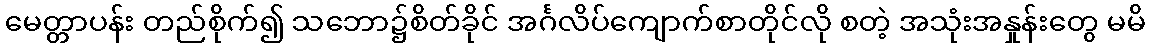
မေတ္တာပန်း တည်စိုက်၍ သဘော၌စိတ်ခိုင် အင်္ဂလိပ်ကျောက်စာတိုင်လို စတဲ့ အသုံးအနှုန်းတွေ မမိ